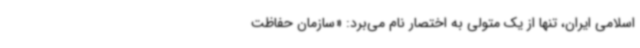
اسلامی ایران، تنها از یک متولی به اختصار نام می‌برد: «سازمان حفاظت